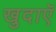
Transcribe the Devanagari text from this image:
खुदाएॅ